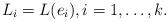
LaTeX: \begin{align*} L_i=L(e_i),i=1,\dots,k.\end{align*}